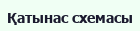
Қатынас схемасы